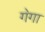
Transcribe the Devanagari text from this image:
ग॓गा